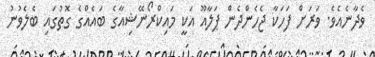
ވެދާނެއެވެ. ވަރަށް ފަހަކާ ޖެހެންދެން ޕަލާއޫ އަކީ މައިކްރޯނޭޝިއާގެ ބައެއްގެ ގޮތުގައި ބެލެވުނު